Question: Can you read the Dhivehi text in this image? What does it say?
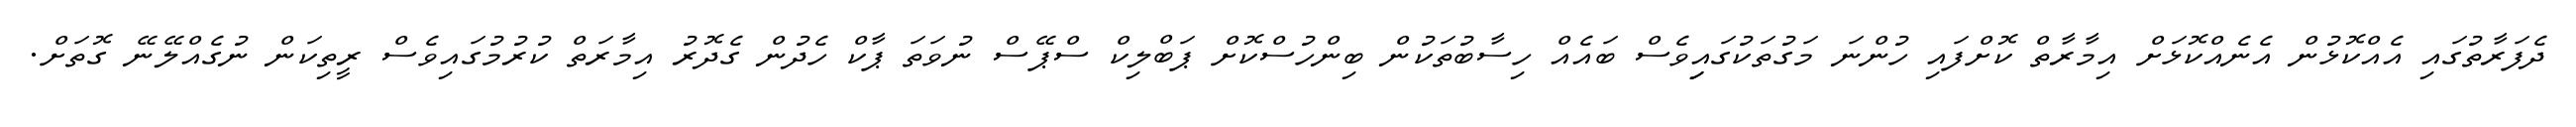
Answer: ދެފަރާތުގައި އެއްކޮޅުން އެނެއްކޮޅަށް އިމާރާތް ކޮށްފައި ހުންނަ މަގުތަކުގައިިވެސް ބައެއް ހިސާބުތަކުން ބިންހުސްކޮށް ޕަބްލިކް ސްޕޭސް ނުވަތަ ޕާކް ހެދުން ގެދޮރު އިމާރަތް ކުރުމުގައިވެސް ރީތިކަން ނުގެއްލޭނޭ ގޮތަށް.